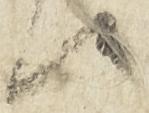
候